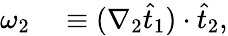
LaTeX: \begin{array}{rl}{\omega_{2}}&{{}\equiv(\nabla_{2}\widehat{t}_{1})\cdot\widehat{t}_{2},}\end{array}